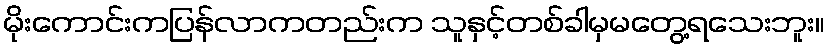
မိုးကောင်းကပြန်လာကတည်းက သူနှင့်တစ်ခါမှမတွေ့ရသေးဘူး။